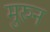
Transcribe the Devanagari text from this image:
मुरुन